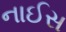
નાઈસ